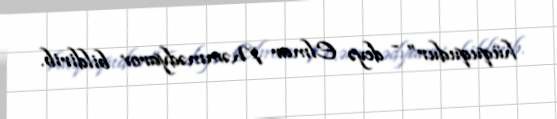
hüququdur” - deyə Elmar Məmmədyarov bildirib.